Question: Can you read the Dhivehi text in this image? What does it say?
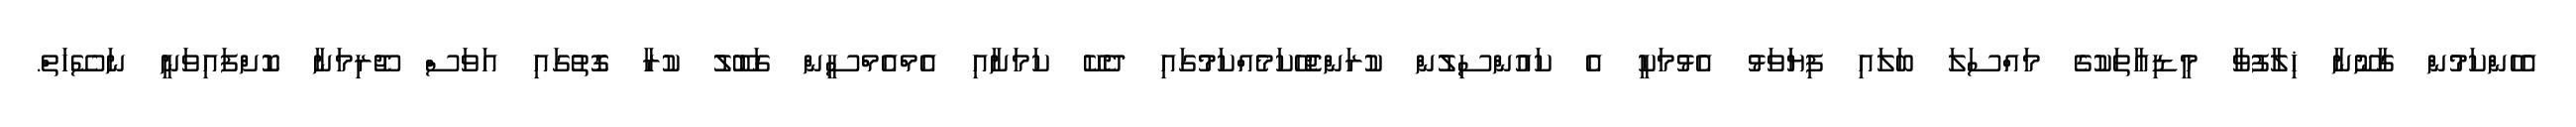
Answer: އެހެންކަމުން ގާނޫނާ ޚިލާފުވާ މީޑިއާތަކުގެ މައްސަލަ ބަލައި ފިޔަވަޅު އެޅުމަކީ އެ ކައުންސިލުން ކުރަންޖެހޭކަމެއްކަމުގައި ދެކޭ ކަމަށާއި އެމްއެމްސީން ގަބޫލު ކުރާ ގޮތުގައި އަވަސް ޖޫރިމަނާ ކޮށްފައިވަނީ ނަސޭހަތް.